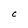
Character: C